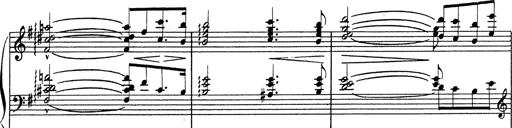
Title: Grosses Konzertsolo
Composer: Franz Liszt